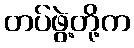
တပ်ဖွဲ့တို့က